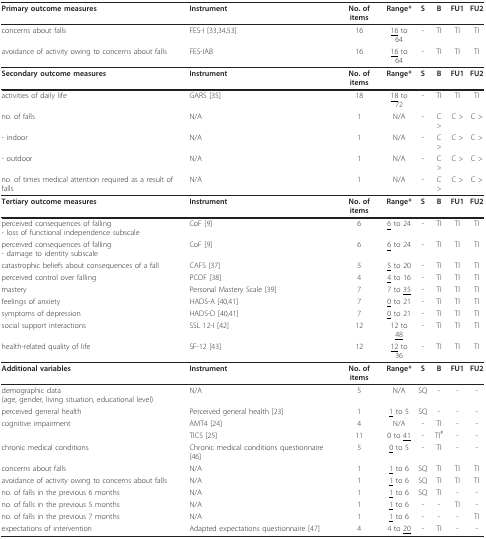
<table><thead><tr><td><b>Primary outcome measures</b></td><td><b>Instrument</b></td><td><b>No. of items</b></td><td><b>Range*</b></td><td><b>S</b></td><td><b>B</b></td><td><b>FU1</b></td><td><b>FU2</b></td></tr></thead><tbody><tr><td>concerns about falls</td><td>FES-I [33,34,53]</td><td>16</td><td><underline>16</underline> to 64</td><td>-</td><td>TI</td><td>TI</td><td>TI</td></tr><tr><td>avoidance of activity owing to concerns about falls</td><td>FES-IAB</td><td>16</td><td><underline>16</underline> to 64</td><td>-</td><td>TI</td><td>TI</td><td>TI</td></tr><tr><td><b>Secondary outcome measures</b></td><td><b>Instrument</b></td><td><b>No. of items</b></td><td><b>Range*</b></td><td><b>S</b></td><td><b>B</b></td><td><b>FU1</b></td><td><b>FU2</b></td></tr><tr><td>activities of daily life</td><td>GARS [35]</td><td>18</td><td><underline>18</underline> to 72</td><td>-</td><td>TI</td><td>TI</td><td>TI</td></tr><tr><td>no. of falls</td><td>N/A</td><td>1</td><td>N/A</td><td>-</td><td>C &gt;</td><td>C &gt;</td><td>C &gt;</td></tr><tr><td>- indoor</td><td>N/A</td><td>1</td><td>N/A</td><td>-</td><td>C &gt;</td><td>C &gt;</td><td>C &gt;</td></tr><tr><td>- outdoor</td><td>N/A</td><td>1</td><td>N/A</td><td>-</td><td>C &gt;</td><td>C &gt;</td><td>C &gt;</td></tr><tr><td>no. of times medical attention required as a result of falls</td><td>N/A</td><td>1</td><td>N/A</td><td>-</td><td>C &gt;</td><td>C &gt;</td><td>C &gt;</td></tr><tr><td><b>Tertiary outcome measures</b></td><td><b>Instrument</b></td><td><b>No. of items</b></td><td><b>Range*</b></td><td><b>S</b></td><td><b>B</b></td><td><b>FU1</b></td><td><b>FU2</b></td></tr><tr><td>perceived consequences of falling- loss of functional independence subscale</td><td>CoF [9]</td><td>6</td><td><underline>6</underline> to 24</td><td>-</td><td>TI</td><td>TI</td><td>TI</td></tr><tr><td>perceived consequences of falling- damage to identity subscale</td><td>CoF [9]</td><td>6</td><td><underline>6</underline> to 24</td><td>-</td><td>TI</td><td>TI</td><td>TI</td></tr><tr><td>catastrophic beliefs about consequences of a fall</td><td>CAFS [37]</td><td>5</td><td><underline>5</underline> to 20</td><td>-</td><td>TI</td><td>TI</td><td>TI</td></tr><tr><td>perceived control over falling</td><td>PCOF [38]</td><td>4</td><td><underline>4</underline> to 16</td><td>-</td><td>TI</td><td>TI</td><td>TI</td></tr><tr><td>mastery</td><td>Personal Mastery Scale [39]</td><td>7</td><td>7 to <underline>35</underline></td><td>-</td><td>TI</td><td>TI</td><td>TI</td></tr><tr><td>feelings of anxiety</td><td>HADS-A [40,41]</td><td>7</td><td><underline>0</underline> to 21</td><td>-</td><td>TI</td><td>TI</td><td>TI</td></tr><tr><td>symptoms of depression</td><td>HADS-D [40,41]</td><td>7</td><td><underline>0</underline> to 21</td><td>-</td><td>TI</td><td>TI</td><td>TI</td></tr><tr><td>social support interactions</td><td>SSL 12-I [42]</td><td>12</td><td>12 to <underline>48</underline></td><td>-</td><td>TI</td><td>TI</td><td>TI</td></tr><tr><td>health-related quality of life</td><td>SF-12 [43]</td><td>12</td><td><underline>12</underline> to 36</td><td>-</td><td>TI</td><td>TI</td><td>TI</td></tr><tr><td><b>Additional variables</b></td><td><b>Instrument</b></td><td><b>No. of items</b></td><td><b>Range*</b></td><td><b>S</b></td><td><b>B</b></td><td><b>FU1</b></td><td><b>FU2</b></td></tr><tr><td>demographic data(age, gender, living situation, educational level)</td><td>N/A</td><td>5</td><td>N/A</td><td>SQ</td><td>-</td><td>-</td><td>-</td></tr><tr><td>perceived general health</td><td>Perceived general health [23]</td><td>1</td><td><underline>1</underline> to 5</td><td>SQ</td><td>-</td><td>-</td><td>-</td></tr><tr><td>cognitive impairment</td><td>AMT4 [24]</td><td>4</td><td>N/A</td><td>-</td><td>TI</td><td>-</td><td>-</td></tr><tr><td></td><td>TICS [25]</td><td>11</td><td>0 to <underline>41</underline></td><td>-</td><td>TI<sup>#</sup></td><td>-</td><td>-</td></tr><tr><td>chronic medical conditions</td><td>Chronic medical conditions questionnaire [46]</td><td>5</td><td><underline>0</underline> to 5</td><td>-</td><td>TI</td><td>-</td><td>-</td></tr><tr><td>concerns about falls</td><td>N/A</td><td>1</td><td><underline>1</underline> to 6</td><td>SQ</td><td>TI</td><td>TI</td><td>TI</td></tr><tr><td>avoidance of activity owing to concerns about falls</td><td>N/A</td><td>1</td><td><underline>1</underline> to 6</td><td>SQ</td><td>TI</td><td>TI</td><td>TI</td></tr><tr><td>no. of falls in the previous 6 months</td><td>N/A</td><td>1</td><td><underline>1</underline> to 6</td><td>SQ</td><td>TI</td><td>-</td><td>-</td></tr><tr><td>no. of falls in the previous 5 months</td><td>N/A</td><td>1</td><td><underline>1</underline> to 6</td><td>-</td><td>-</td><td>TI</td><td>-</td></tr><tr><td>no. of falls in the previous 7 months</td><td>N/A</td><td>1</td><td><underline>1</underline> to 6</td><td>-</td><td>-</td><td>-</td><td>TI</td></tr><tr><td>expectations of intervention</td><td>Adapted expectations questionnaire [47]</td><td>4</td><td>4 to <underline>20</underline></td><td>-</td><td>TI</td><td>-</td><td>-</td></tr></tbody></table>